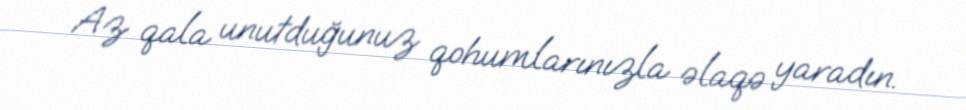
Az qala unutduğunuz qohumlarınızla əlaqə yaradın.